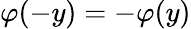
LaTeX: \varphi(-y)=-\varphi(y)